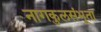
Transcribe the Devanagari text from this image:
नागकुलसंभूता